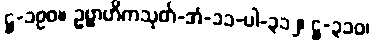
ဋ္ဌ-၁၉၀။ ဥဗ္ဗာဟိကသုတ်-အံ-၁၁-ပါ-၃၁၂၊ ဋ္ဌ-၃၁၀၊